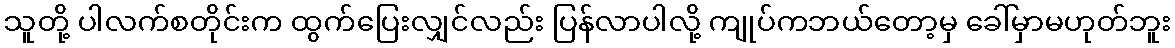
သူတို့ ပါလက်စတိုင်းက ထွက်ပြေးလျှင်လည်း ပြန်လာပါလို့ ကျုပ်ကဘယ်တော့မှ ခေါ်မှာမဟုတ်ဘူး